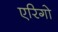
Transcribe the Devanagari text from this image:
एरिगो